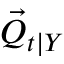
\vec { Q } _ { t \vert Y }